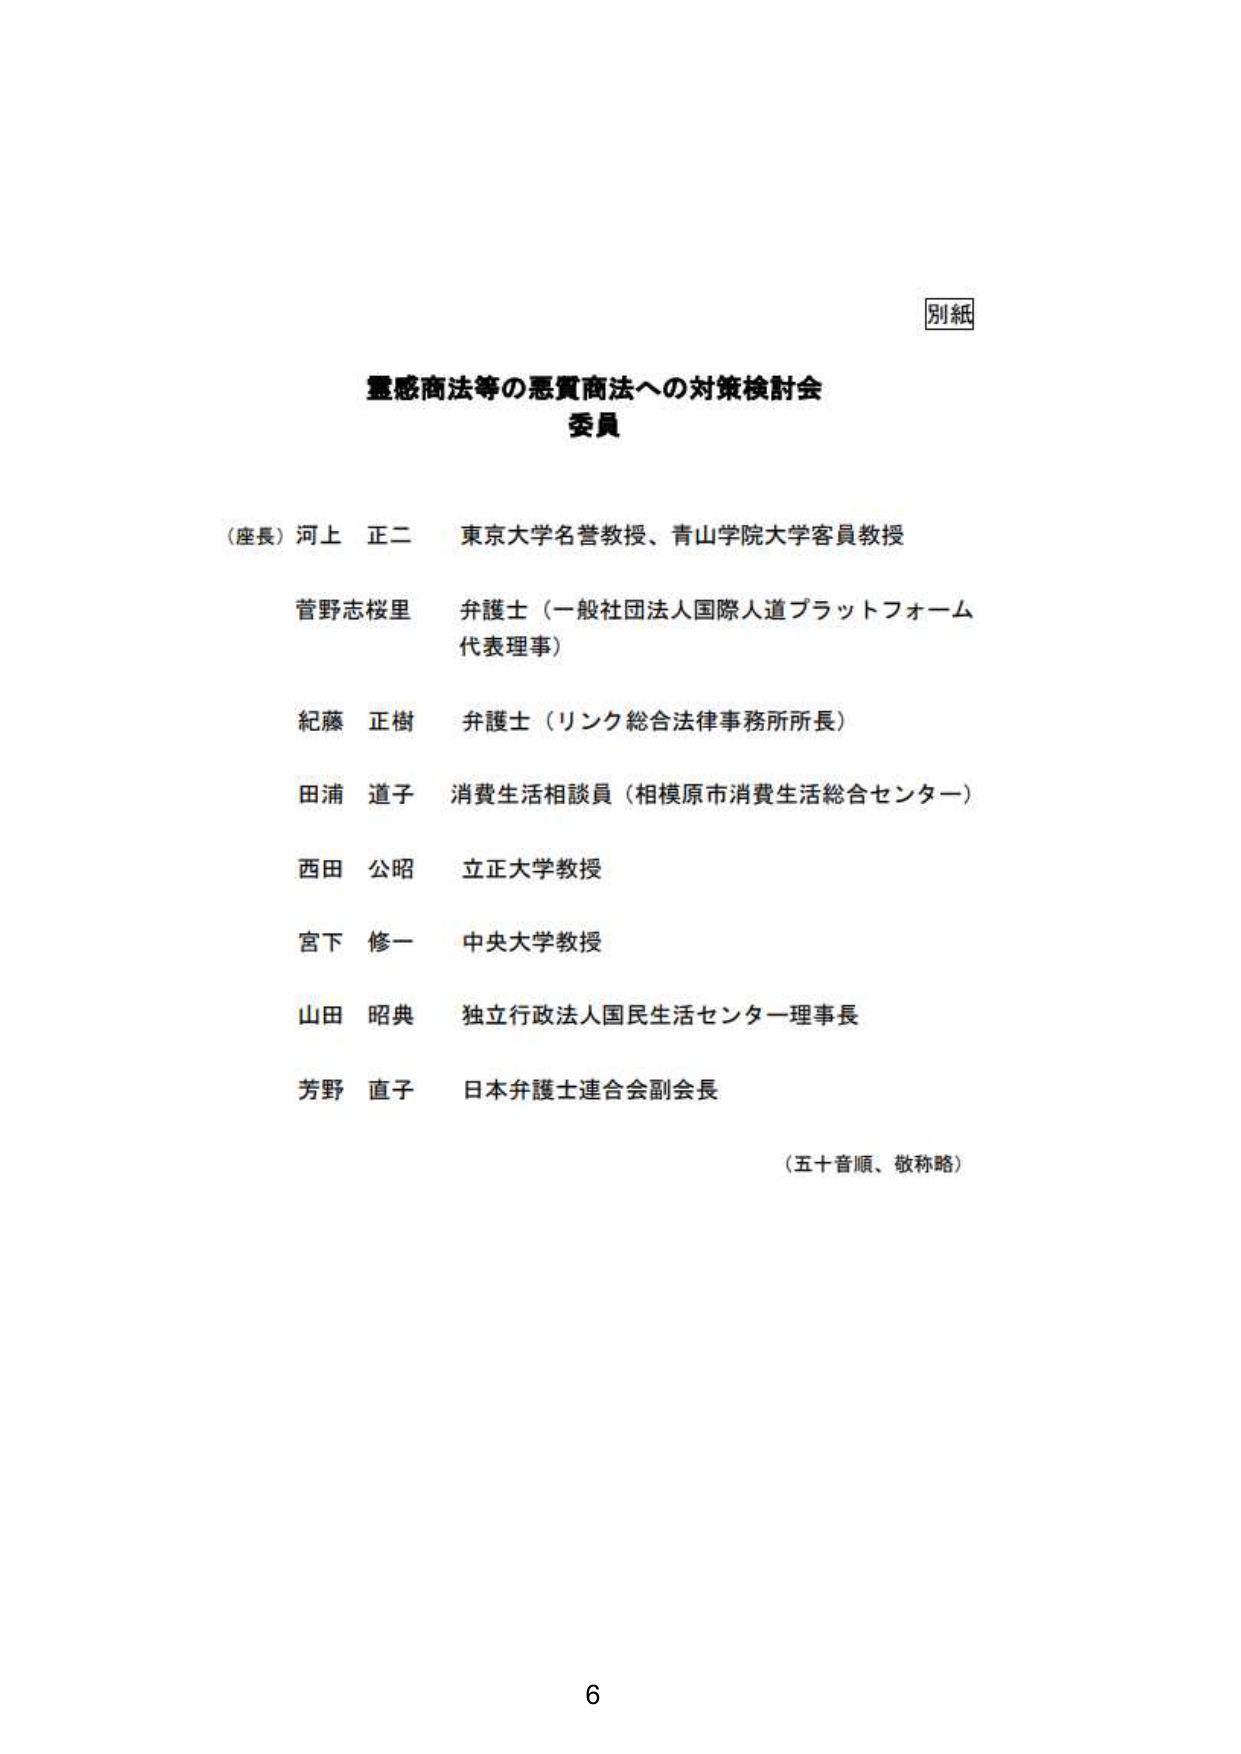
別紙

霊感商法等の悪質商法への対策検討会
委員

（座長）河上 正二 東京大学名誉教授、青山学院大学客員教授
菅野志桜里 弁護士（一般社団法人国際人道プラットフォーム
代表理事）
紀藤 正樹 弁護士（リンク総合法律事務所所長）
田浦 道子 消費生活相談員（相模原市消費生活総合センター）
西田 公昭 立正大学教授
宮下 修一 中央大学教授
山田 昭典 独立行政法人国民生活センター理事長
芳野 直子 日本弁護士連合会副会長

（五十音順、敬称略）

6